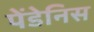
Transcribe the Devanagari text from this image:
पेंडेनिस